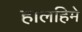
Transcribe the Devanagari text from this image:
हालहिमे